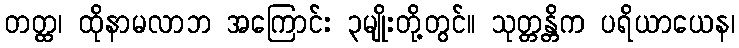
တတ္ထ၊ ထိုနာမလာဘ အကြောင်း ၃မျိုးတို့တွင်။ သုတ္တန္တိက ပရိယာယေန၊